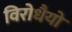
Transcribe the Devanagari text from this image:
विरोधैयो